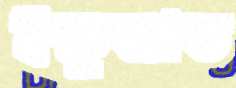
ইক্ষুজাত